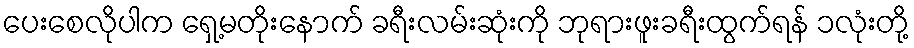
ပေးစေလိုပါက ရှေ့မတိုးနောက် ခရီးလမ်းဆုံးကို ဘုရားဖူးခရီးထွက်ရန် ၁လုံးတို့